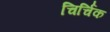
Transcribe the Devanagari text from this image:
चिर्चिक